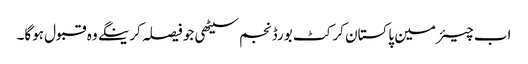
اب چیئرمین پاکستان کرکٹ بورڈ نجم سیٹھی جو فیصلہ کرینگے وہ قبول ہوگا۔